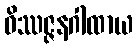
ဝိဿဇ္ဇနဂါထာယ